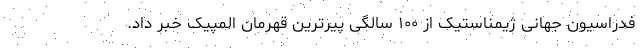
فدراسیون جهانی ژیمناستیک از ۱۰۰ سالگی پیرترین قهرمان المپیک خبر داد.